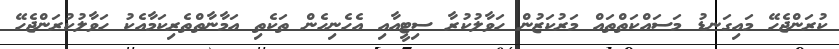
ކުރަންޖެހޭ މައިގަނޑު މަސައްކަތްތައް މަރުކަޒުން ހަވާލުކުރާ ސިޓީއާއި އެހެނިހެން ތަކެތި އަމާނާތްތެރިކަމާއެކު ހަވާލުކުރަންޖެހޭ